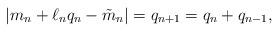
LaTeX: \begin{align*}|m_n+\ell_n q_n-\tilde{m}_n|=q_{n+1}=q_n+q_{n-1},\end{align*}